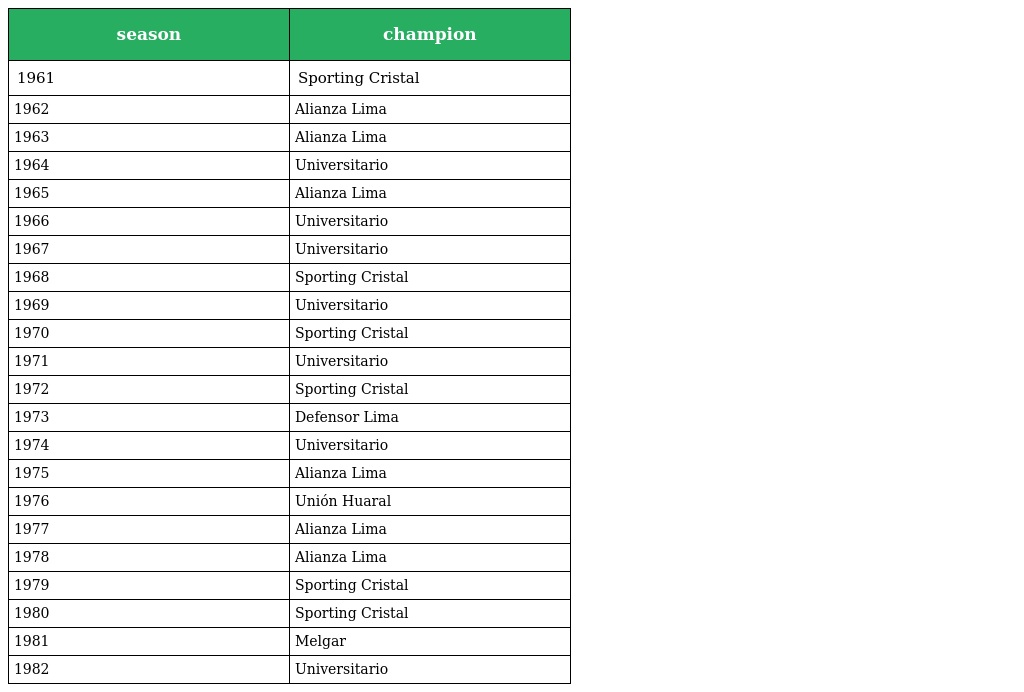
| season | champion |
 | --- | --- |
 | 1961 | Sporting Cristal |
 | 1962 | Alianza Lima |
 | 1963 | Alianza Lima |
 | 1964 | Universitario |
 | 1965 | Alianza Lima |
 | 1966 | Universitario |
 | 1967 | Universitario |
 | 1968 | Sporting Cristal |
 | 1969 | Universitario |
 | 1970 | Sporting Cristal |
 | 1971 | Universitario |
 | 1972 | Sporting Cristal |
 | 1973 | Defensor Lima |
 | 1974 | Universitario |
 | 1975 | Alianza Lima |
 | 1976 | Unión Huaral |
 | 1977 | Alianza Lima |
 | 1978 | Alianza Lima |
 | 1979 | Sporting Cristal |
 | 1980 | Sporting Cristal |
 | 1981 | Melgar |
 | 1982 | Universitario |